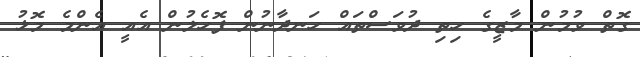
ގޮތް ވުމުން މާޒީގެ ހިތި ދުވަސްތައް ހަނދާނުން ފޮހެލުން އެއީ އެންމެ މޮޅު